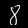
Label: 8